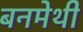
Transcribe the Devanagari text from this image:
बनमेथी